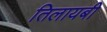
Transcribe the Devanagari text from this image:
तिलायबी